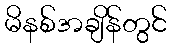
မိနစ်အချိန်တွင်